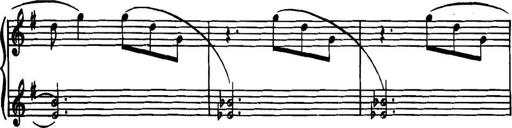
Title: Piano Sonatina in G minor
Composer: John Blackwood McEwen
Key: G minor